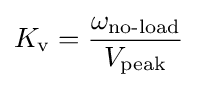
K_{\text{v}}={\frac {\omega _{\text{no-load}}}{V_{\text{peak}}}}